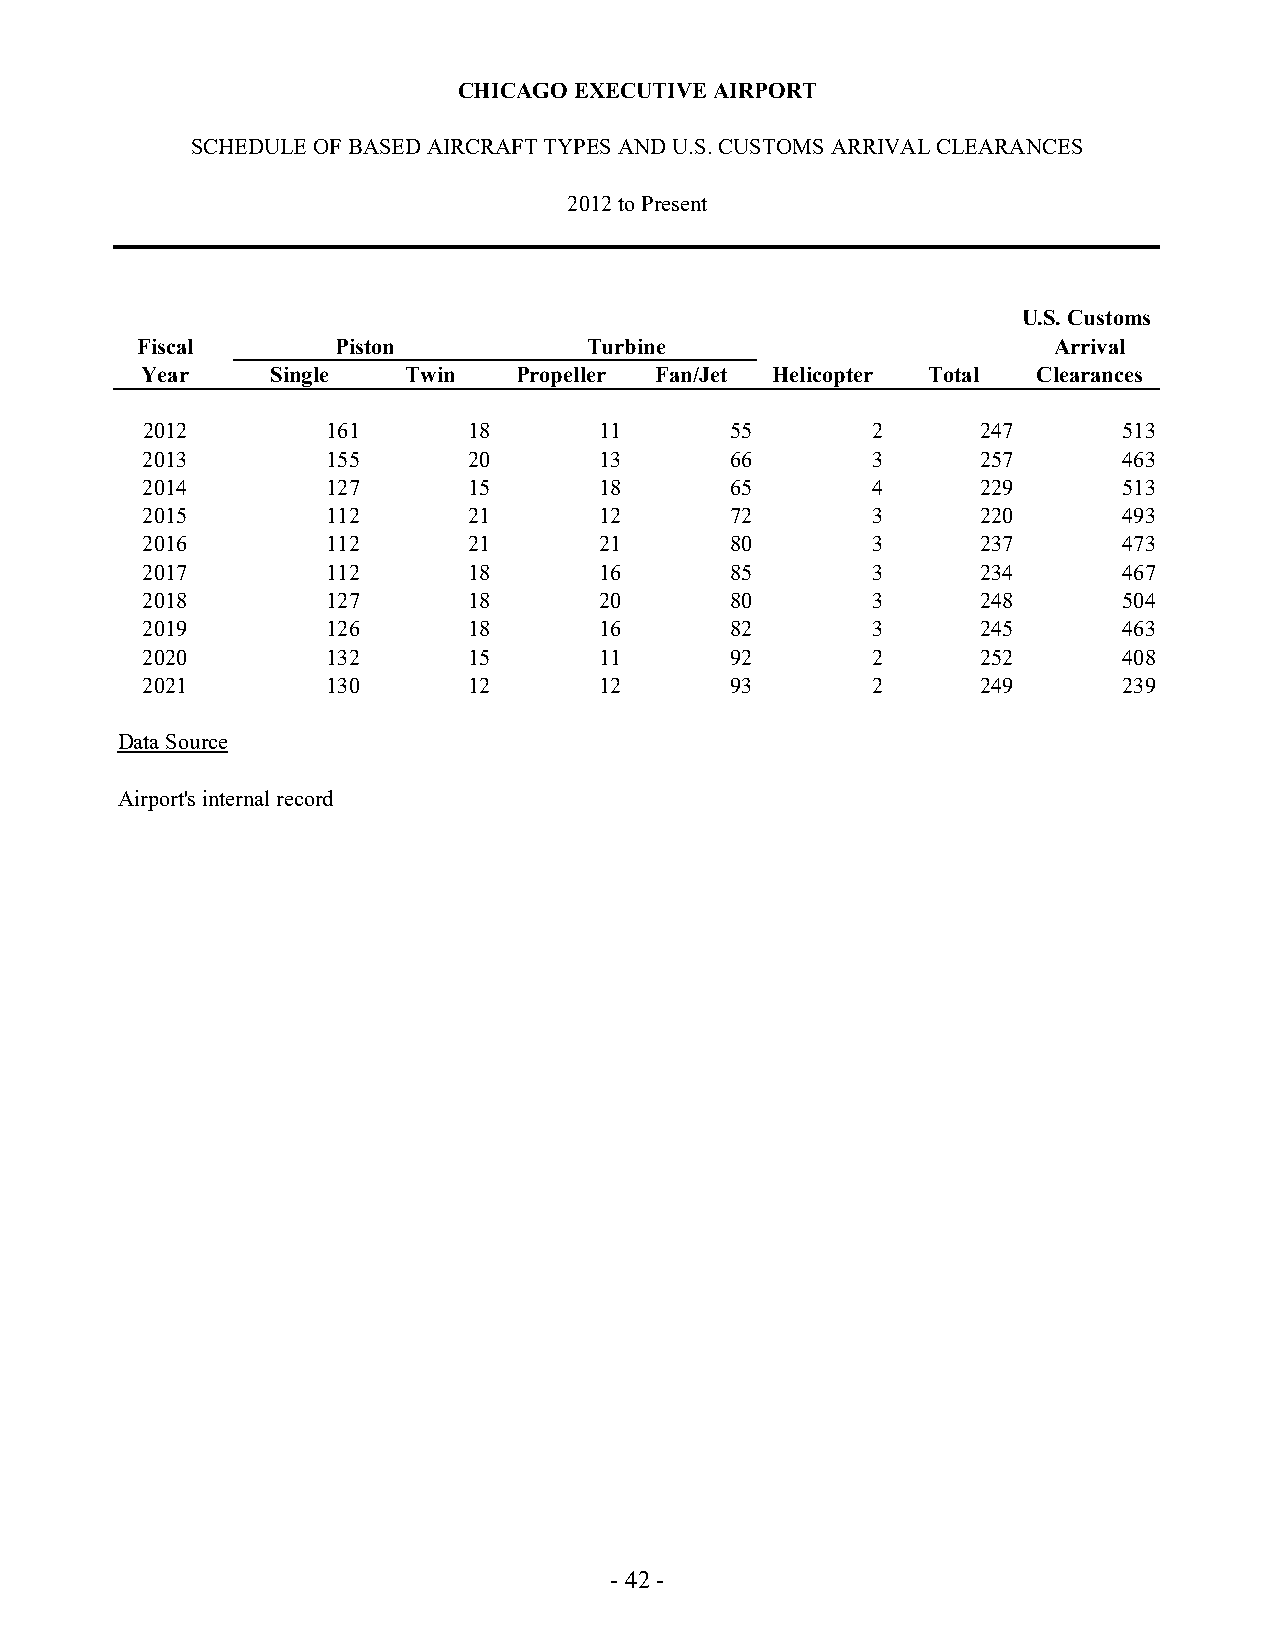
CHICAGO EXECUTIVE AIRPORT
 SCHEDULE OF BASED AIRCRAFT TYPES AND U.S. CUSTOMS ARRIVAL CLEARANCES
 2012 to Present
 U.S. Customs
 Fiscal       Piston           Turbine                        Arrival
 Year     Single   Twin   Propeller Fan/Jet Helicopter Total Clearances
 2012         161      18       11      55        2      247      513
 2013         155      20       13      66        3      257      463
 2014         127      15       18      65        4      229      513
 2015         112      21       12      72        3      220      493
 2016         112      21       21      80        3      237      473
 2017         112      18       16      85        3      234      467
 2018         127      18       20      80        3      248      504
 2019         126      18       16      82        3      245      463
 2020         132      15       11      92        2      252      408
 2021         130      12       12      93        2      249      239
 Data Source
 Airport's internal record
 - 42 -